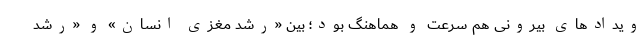
ویدادهای بیرونی هم سرعت و هماهنگ بود؛ بین «رشد مغزی انسان» و «رشد